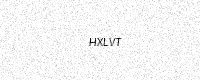
Text: HXLVT